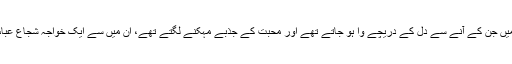
اکادمی میں جن کے آنے سے دل کے دریچے وا ہو جاتے تھے اور محبت کے جذبے مہکنے لگتے تھے، ان میں سے ایک خواجہ شجاع عباس تھے۔